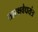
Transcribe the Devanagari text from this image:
तारक्षवेधयंत्र